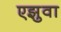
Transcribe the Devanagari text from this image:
एझुवा